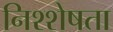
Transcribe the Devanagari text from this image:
निश्शेषता